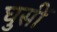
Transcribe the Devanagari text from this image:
घुसीं